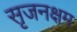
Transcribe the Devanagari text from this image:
सृजनक्षम